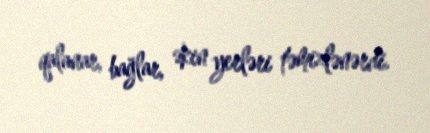
qalanar, bağlar, əkin yerləri təmizlənərdi.